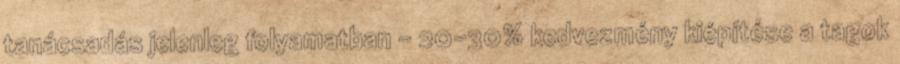
tanácsadás jelenleg folyamatban - 20-30% kedvezmény kiépítése a tagok